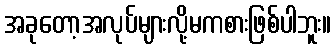
အခုတော့အလုပ်များလို့မကစားဖြစ်ပါဘူး။